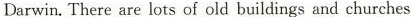
Darwin.There are lots of old buildings and churches